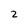
Character: 2